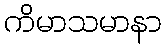
ကိမာသမာနာ